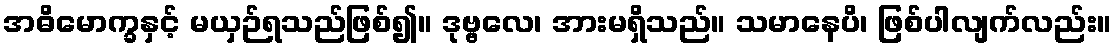
အဓိမောက္ခနှင့် မယှဉ်ရသည်ဖြစ်၍။ ဒုဗ္ဗလေ၊ အားမရှိသည်။ သမာနေပိ၊ ဖြစ်ပါလျက်လည်း။